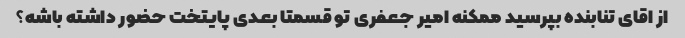
از اقای تنابنده بپرسید ممکنه امیر جعفری تو قسمتا بعدی پایتخت حضور داشته باشه؟